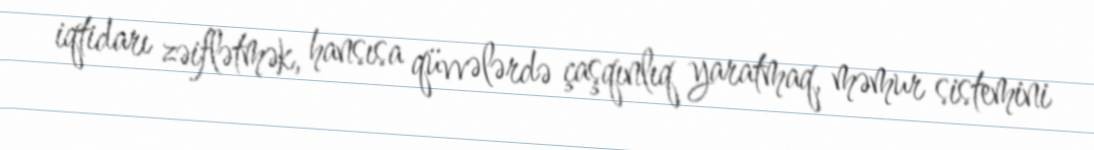
iqtidarı zəiflətmək, hansısa qüvvələrdə çaşqınlıq yaratmaq, məmur sistemini